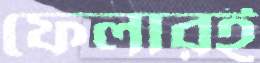
ফেলারই